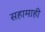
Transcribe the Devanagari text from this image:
सहामाही